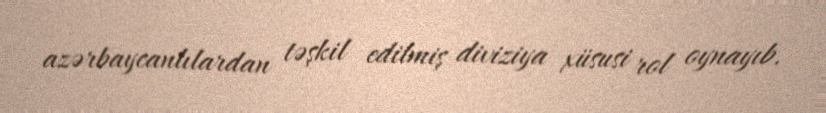
azərbaycanlılardan təşkil edilmiş diviziya xüsusi rol oynayıb.